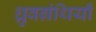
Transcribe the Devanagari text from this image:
ध्रुवग्रंथियाँ